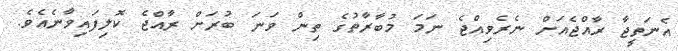
އެނަތީޖާ ރާއްޖެއަށް ނެރެވިއްޖެ ނަމަ މުބާރާތުގެ ތިން ވަނަ ބުރަށް ރާއްޖެ ކޮލިފައިވާނެއެވެ.